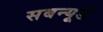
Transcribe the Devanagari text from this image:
सबन्यूडे